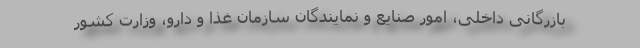
بازرگانی داخلی، امور صنایع و نمایندگان سازمان غذا و دارو، وزارت کشور